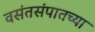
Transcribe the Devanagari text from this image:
वसंतसंपातच्या